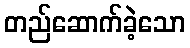
တည်ဆောက်ခဲ့သော